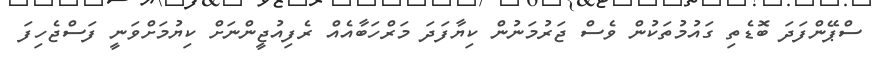
ސްޕޭންފަދަ ބޮޑެތި ގައުމުތަކުން ވެސް ޖަރުމަނުން ކިޔާފަދަ މަރްހަބާއެއް ރެފިއުޖީންނަށް ކިޔުމަށްވަނީ ފަސްޖެހިފަ